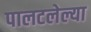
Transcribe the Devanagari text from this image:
पालटलेल्या